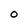
Character: 0